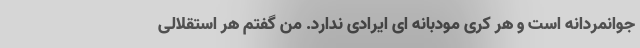
جوانمردانه است و هر کُری مودبانه‌ ای ایرادی ندارد. من گفتم هر استقلالی